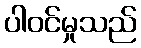
ပါဝင်မှုသည်